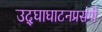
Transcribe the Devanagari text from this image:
उद्‌घाघाटनप्रसंगी